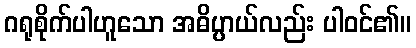
ဂရုစိုက်ပါဟူသော အဓိပ္ပာယ်လည်း ပါဝင်၏။